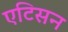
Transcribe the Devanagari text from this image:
एटिसन